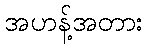
အဟန့်အတား